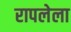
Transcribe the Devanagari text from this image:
रापलेला